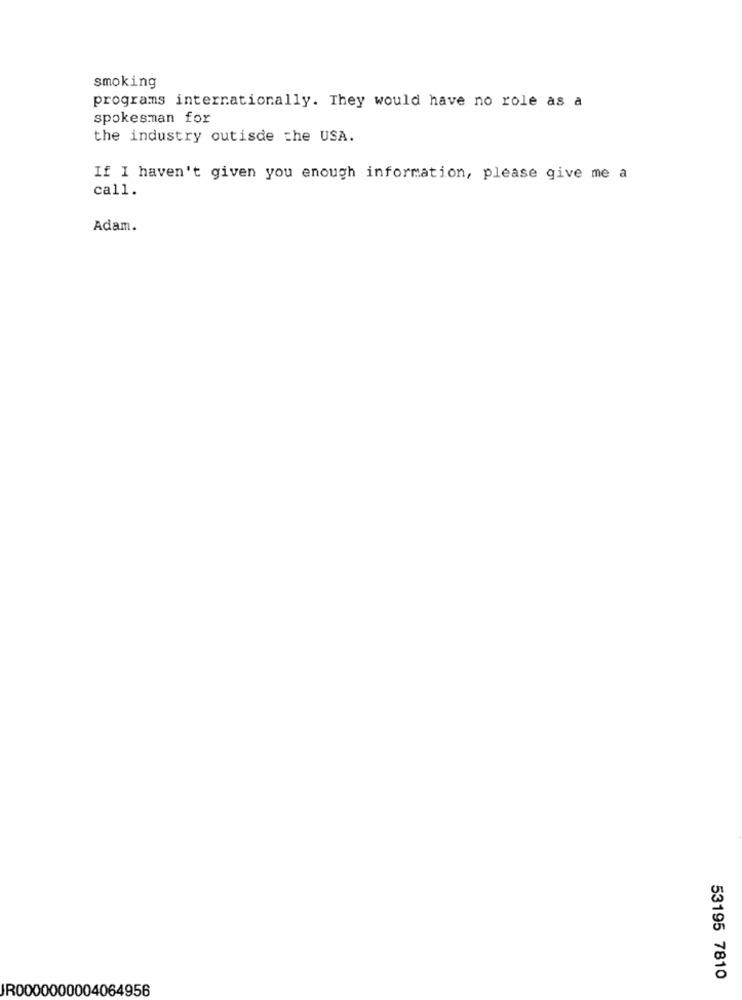
smoking
programs internationally. They would have no role as a
spokesman for
the industry outisde the USA.
If I haven't given you enough information, please give me a
call.
Adam.
53195 7810
JR0000000004064956